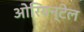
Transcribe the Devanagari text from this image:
ओरियन्टेल